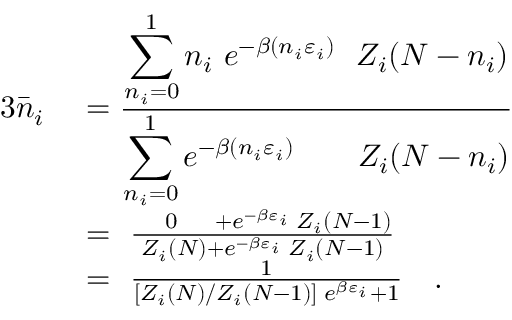
{ \begin{array} { r l } { { 3 } { \bar { n } } _ { i } \ } & { = { \frac { \displaystyle \sum _ { n _ { i } = 0 } ^ { 1 } n _ { i } \ e ^ { - \beta ( n _ { i } \varepsilon _ { i } ) } \ \ Z _ { i } ( N - n _ { i } ) } { \displaystyle \sum _ { n _ { i } = 0 } ^ { 1 } e ^ { - \beta ( n _ { i } \varepsilon _ { i } ) } \qquad Z _ { i } ( N - n _ { i } ) } } } \\ & { = \ { \frac { \quad 0 \quad \; + e ^ { - \beta \varepsilon _ { i } } \; Z _ { i } ( N - 1 ) } { Z _ { i } ( N ) + e ^ { - \beta \varepsilon _ { i } } \; Z _ { i } ( N - 1 ) } } } \\ & { = \ { \frac { 1 } { [ Z _ { i } ( N ) / Z _ { i } ( N - 1 ) ] \; e ^ { \beta \varepsilon _ { i } } + 1 } } \quad . } \end{array} }